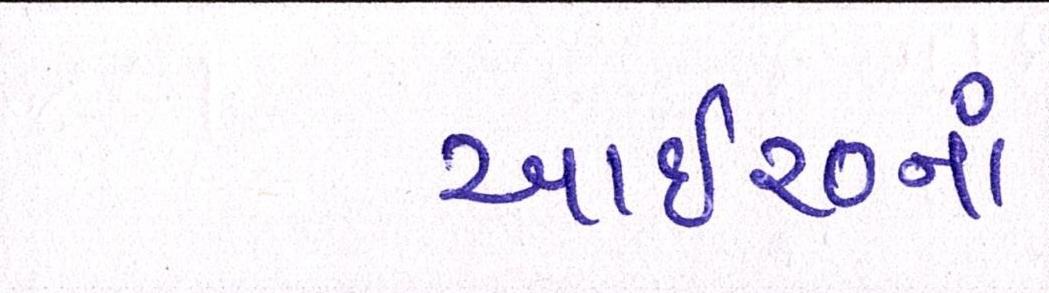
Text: આઇ૨૦નાં